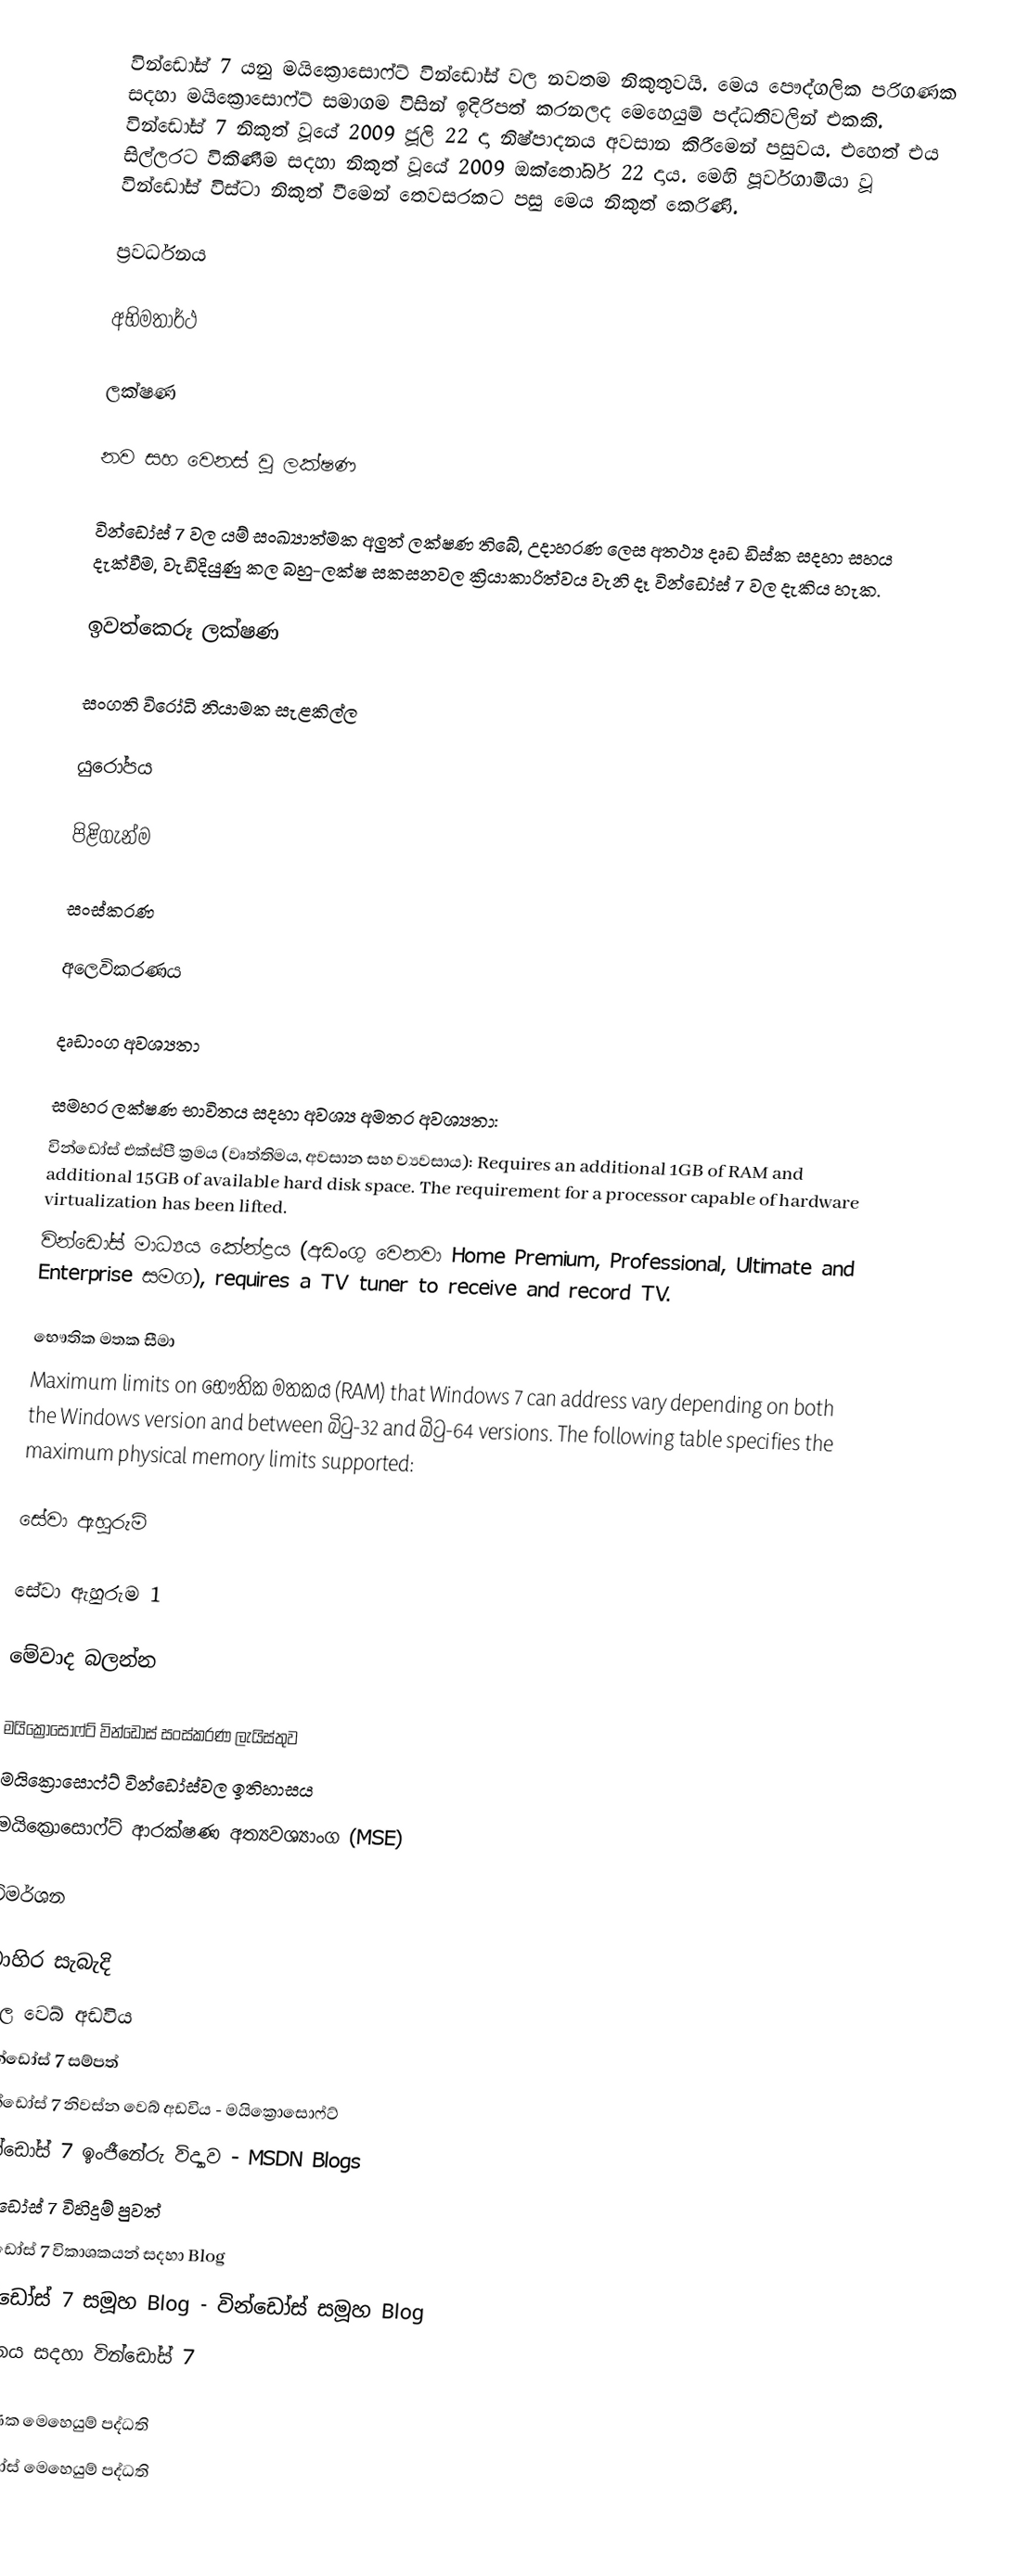
වින්ඩෝස් 7 යනු මයික්‍රොසොෆ්ට් වින්ඩෝස් වල නවතම නිකුතුවයි. මෙය පෞද්ගලික පරිගණක සදහා මයික්‍රොසොෆ්ට් සමාගම විසින් ඉදිරිපත් කරනලද මෙහෙයුම් පද්ධතිවලින් එකකි. වින්ඩෝස් 7 නිකුත් වූයේ 2009 ජූලි 22 දා නිෂ්පාදනය අවසාන කිරීමෙන් පසුවය. එහෙත් එය සිල්ලරට විකිණීම සදහා නිකුත් වූයේ 2009 ඔක්තෝබර් 22 දාය. මෙහි පූර්වගාමියා වූ වින්ඩෝස් විස්ටා නිකුත් වීමෙන් තෙවසරකට පසු මෙය නිකුත් කෙරිණි.

ප්‍රවර්ධනය

අභිමතාර්ථ

ලක්ෂණ

නව සහ වෙනස් වූ ලක්ෂණ

වින්ඩෝස් 7 වල   යම් සංඛ්‍යාත්මක අලුත් ලක්ෂණ තිබේ, උදාහරණ ලෙස අතථ්‍ය දෘඩ ඩිස්ක සදහා සහය දැක්වීම, වැඩිදියුණු කල බහු-ලක්ෂ සකසනවල ක්‍රියාකාරිත්වය වැනි දෑ වින්ඩෝස් 7 වල දැකිය හැක.

ඉවත්කෙරූ ලක්ෂණ

සංගති විරෝධි 	නියාමක 	සැළකිල්ල

යුරෝපය

පිළිගැන්ම

සංස්කරණ

අලෙවිකරණය

දෘඩාංග අවශ්‍යතා

සමහර ලක්ෂණ භාවිතය සදහා අවශ්‍ය අමතර අවශ්‍යතා:
 වින්ඩෝස් එක්ස්පී ක්‍රමය (වෘත්තිමය, අවසාන සහ ව්‍යවසාය): Requires an additional 1GB of RAM and additional 15GB of available hard disk space. The requirement for a processor capable of hardware virtualization has been lifted.
 වින්ඩෝස් 	මාධ්‍යය කේන්ද්‍රය (අඩංගු වෙනවා Home Premium, Professional, Ultimate and Enterprise සමග), requires a TV tuner to receive and record TV.

භෞතික මතක සීමා
Maximum limits on භෞතික මතකය (RAM) that Windows 7 can address vary depending on both the Windows version and between බිටු-32 and බිටු-64 versions. The following table specifies the maximum physical memory limits supported:

සේවා ඇහුරුම්

සේවා ඇහුරුම 1

මේවාද බලන්න

 මයික්‍රොසොෆ්ට් වින්ඩෝස් සංස්කරණ ලැයිස්තුව
 මයික්‍රොසොෆ්ට් වින්ඩෝස්වල ඉතිහාසය
 මයික්‍රොසොෆ්ට් ආරක්ෂණ අත්‍යවශ්‍යාංග (MSE)

විමර්ශන

බාහිර සැබැදි
 නිල වෙබ් අඩවිය
 වින්ඩෝස් 7 සම්පත්
 වින්ඩෝස් 7 නිවස්න වෙබ් අඩවිය - මයික්‍රොසොෆ්ට්
 වින්ඩෝස් 7 ඉංජීනේරු විද්‍යාව - MSDN Blogs
 වින්ඩෝස් 7 විහිදුම් පුවත්
 වින්ඩෝස් 7 විකාශකයන් සදහා Blog
 වින්ඩෝස් 7 සමූහ Blog - වින්ඩෝස් සමූහ Blog
 පාලනය සදහා වින්ඩෝස් 7

පරිගණක මෙහෙයුම් පද්ධති
වින්ඩෝස් මෙහෙයුම් පද්ධති